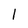
Character: 1